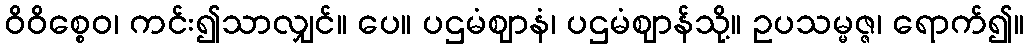
ဝိဝိစ္စေဝ၊ ကင်း၍သာလျှင်။ ပေ။ ပဌမံဈာနံ၊ ပဌမံဈာန်သို့။ ဥပသမ္မဇ္ဇ၊ ရောက်၍။